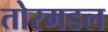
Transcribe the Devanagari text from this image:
तोरमडल